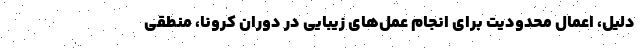
دلیل، اعمال محدودیت برای انجام عمل‌های زیبایی در دوران کرونا، منطقی